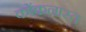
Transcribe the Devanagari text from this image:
कोंकनास्त